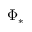
\Phi _ { * }